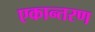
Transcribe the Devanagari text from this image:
एकान्तरण